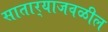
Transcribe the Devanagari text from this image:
सातार्‍याजवळील